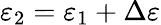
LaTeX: \varepsilon_{2}=\varepsilon_{1}+\Delta\varepsilon